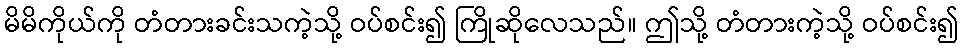
မိမိကိုယ်ကို တံတားခင်းသကဲ့သို့ ဝပ်စင်း၍ ကြိုဆိုလေသည်။ ဤသို့ တံတားကဲ့သို့ ဝပ်စင်း၍